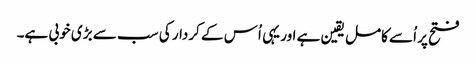
فتح پر اُسے کامل یقین ہے اور یہی اُس کے کردار کی سب سے بڑی خوبی ہے۔